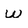
Character: w